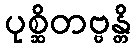
ပုစ္ဆိတဗ္ဗန္တိ